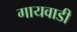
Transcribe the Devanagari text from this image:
गायवाडी